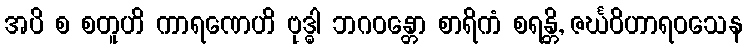
အပိ စ စတူဟိ ကာရဏေဟိ ဗုဒ္ဓါ ဘဂဝန္တော စာရိကံ စရန္တိ, ဇင်္ဃဝိဟာရဝသေန